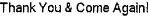
THANK YOU & COME AGAIN!